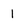
Character: 1